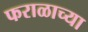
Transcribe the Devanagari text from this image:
फराळाच्या